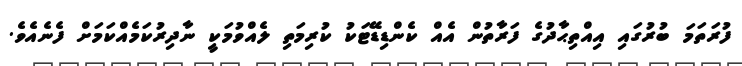
ފުރަތަމަ ބުރުގައި އިއްތިޙާދުގެ ފަރާތުން އެއް ކެންޑިޑޭޓަކު ކުރިމަތި ލެއްވުމަކީ ނާދިރުކަމެއްކަމަށް ފެނެއެވެ.